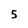
Character: 5